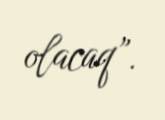
olacaq”.